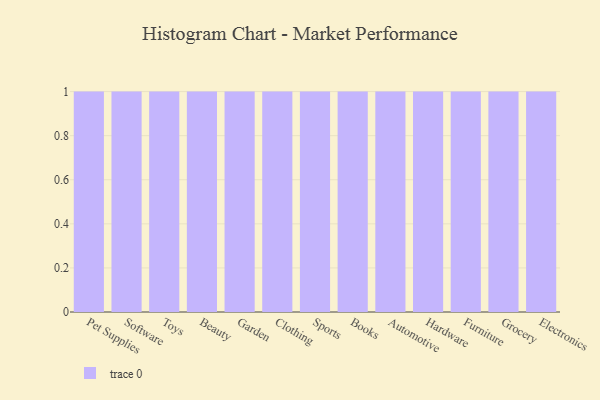
{"axis": {"x": "Category", "y": "Revenue (USD Million)"}, "legend": [""], "data": [{"x": "Pet Supplies", "y": 52, "type": ""}, {"x": "Software", "y": 12, "type": ""}, {"x": "Toys", "y": 91, "type": ""}, {"x": "Beauty", "y": 19, "type": ""}, {"x": "Garden", "y": 92, "type": ""}, {"x": "Clothing", "y": 46, "type": ""}, {"x": "Sports", "y": 82, "type": ""}, {"x": "Books", "y": 56, "type": ""}, {"x": "Automotive", "y": 64, "type": ""}, {"x": "Hardware", "y": 37, "type": ""}, {"x": "Furniture", "y": 82, "type": ""}, {"x": "Grocery", "y": 19, "type": ""}, {"x": "Electronics", "y": 54, "type": ""}]}